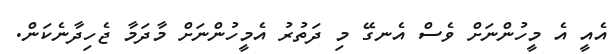
އެއީ އެ މީހުންނަށް ވެސް އެނގޭ މި ދަތުރު އެމީހުންނަށް މާދަމާ ޖެހިދާނެކަން.